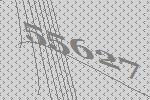
55627